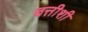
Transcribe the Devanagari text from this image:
बत्तीशी